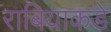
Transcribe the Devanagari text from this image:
राबियाकडे